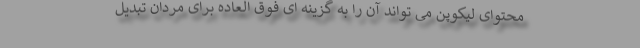
محتوای لیکوپن می تواند آن را به گزینه ای فوق العاده برای مردان تبدیل